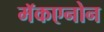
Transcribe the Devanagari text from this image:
मॅकएनोन